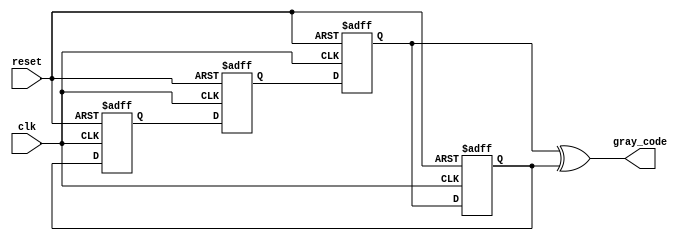
module gray_code_ring_counter (
    input wire clk,
    input wire reset,
    output reg [3:0] gray_code
);

reg [3:0] d_ff [3:0];

// D flip-flop connections
always @ (posedge clk or posedge reset)
begin
    if (reset)
    begin
        d_ff[0] <= 4'b0000;
        d_ff[1] <= 4'b0000;
        d_ff[2] <= 4'b0000;
        d_ff[3] <= 4'b0000;
    end
    else
    begin
        d_ff[0] <= d_ff[3];
        d_ff[1] <= d_ff[0];
        d_ff[2] <= d_ff[1];
        d_ff[3] <= d_ff[2];
    end
end

// Gray code generation
always @*
begin
    gray_code = d_ff[0] ^ d_ff[1];
end

endmodule